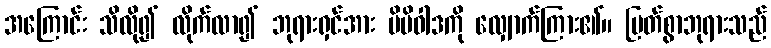
အကြောင်း သိလို၍ လိုက်လာ၍ ဘုရားရှင်အား မိမိဝါဒကို လျှောက်ကြား၏။ မြတ်စွာဘုရားသည်